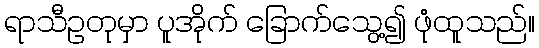
ရာသီဥတုမှာ ပူအိုက် ခြောက်သွေ့၍ ဖုံထူသည်။